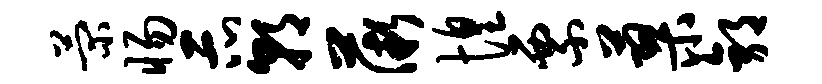
菊惕示朝薇惶票蓼郭